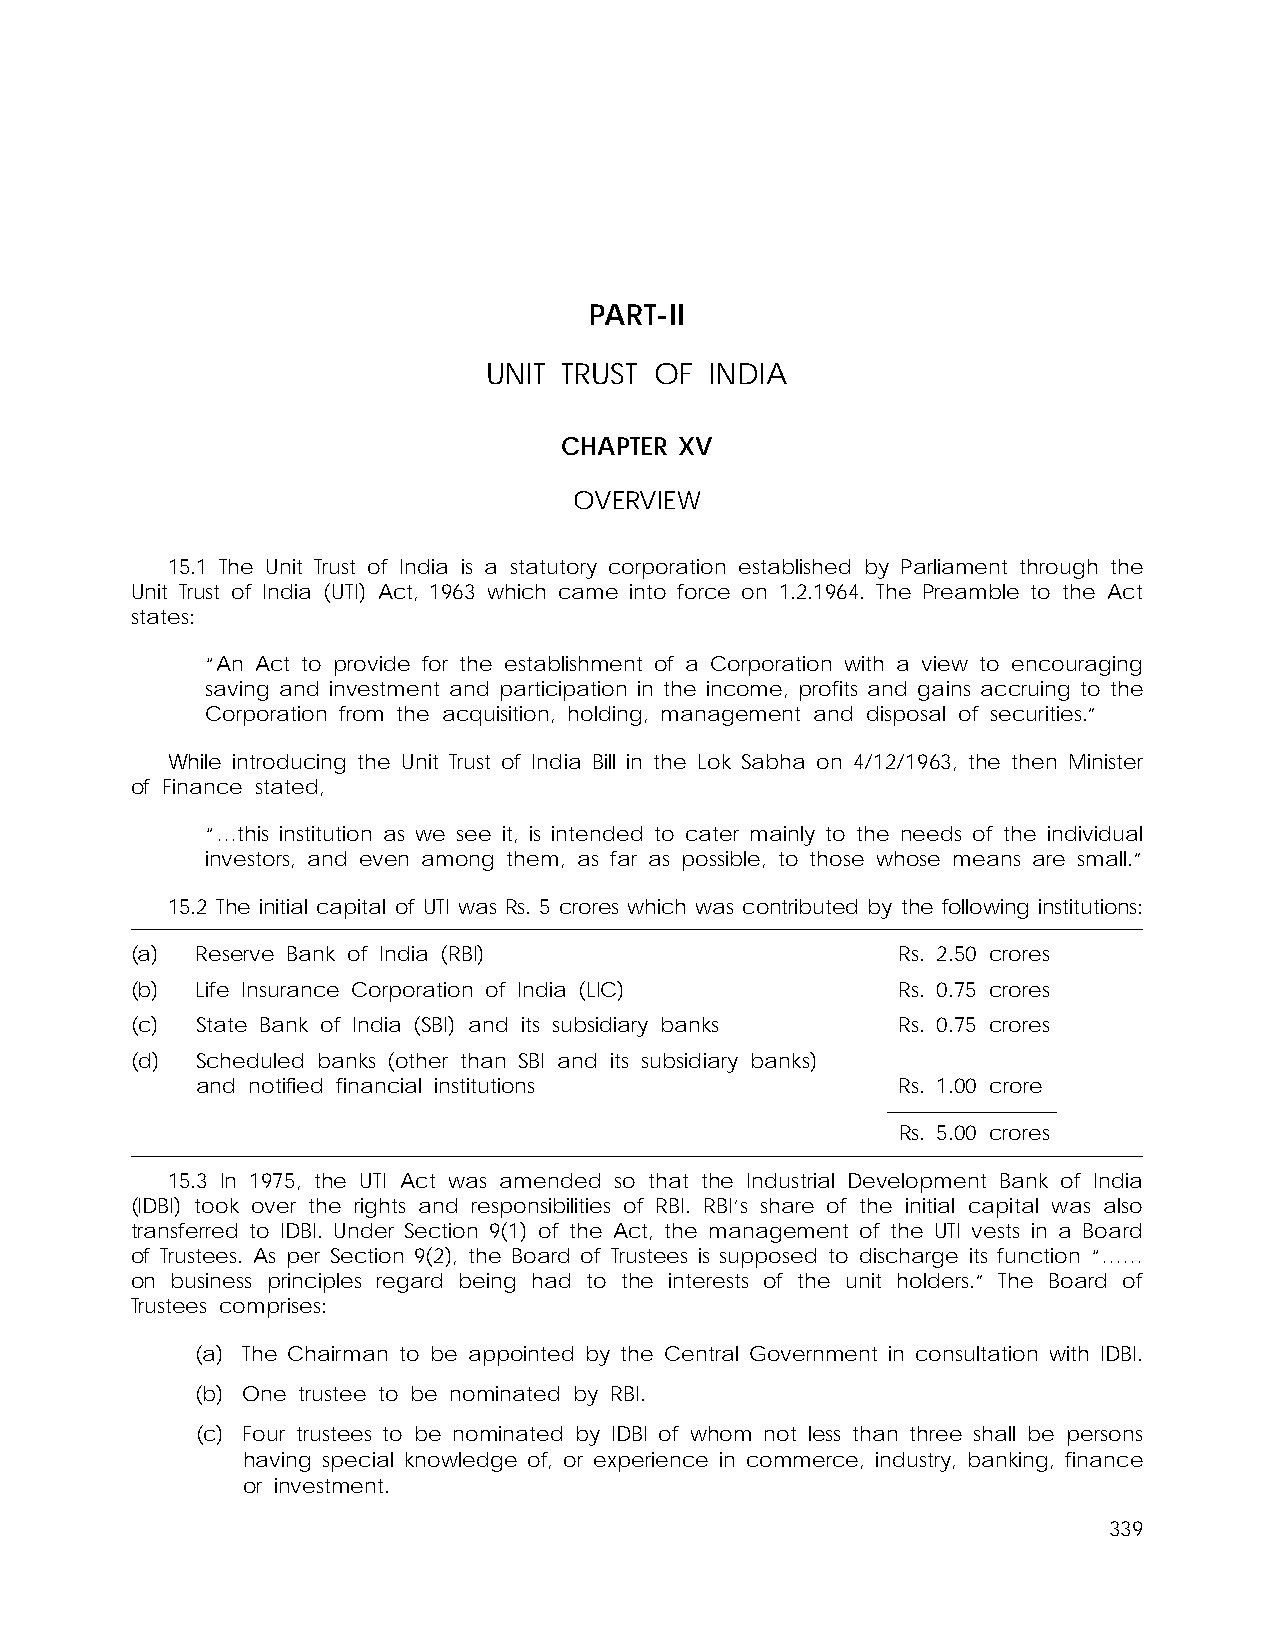
PART-II
 UNIT TRUST OF  INDIA
 CHAPTER XV
 OVERVIEW
 15.1 The Unit Trust of India is a statutory corporation established by Parliament through the
 Unit Trust of India (UTI) Act, 1963 which came into force on 1.2.1964. The Preamble to the Act
 states:
 “An Act to provide for the establishment of a Corporation with a view to encouraging
 saving and investment and participation in the income, profits and gains accruing to the
 Corporation from the acquisition, holding, management and disposal of securities.”
 While introducing the Unit Trust of India Bill in the Lok Sabha on 4/12/1963, the then Minister
 of Finance stated,
 “…this institution as we see it, is intended to cater mainly to the needs of the individual
 investors, and even among them, as far as possible, to those whose means are small.”
 15.2 The initial capital of UTI was Rs. 5 crores which was contributed by the following institutions:
 (a) Reserve Bank of India (RBI)                    Rs. 2.50 crores
 (b) Life Insurance Corporation of India (LIC)      Rs. 0.75 crores
 (c) State Bank of India (SBI) and its subsidiary banks Rs. 0.75 crores
 (d) Scheduled banks (other than SBI and its subsidiary banks)
 and notified financial institutions            Rs. 1.00 crore
 Rs. 5.00 crores
 15.3 In 1975, the UTI Act was amended so that the Industrial Development Bank of India
 (IDBI) took over the rights and responsibilities of RBI. RBI’s share of the initial capital was also
 transferred to IDBI. Under Section 9(1) of the Act, the management of the UTI vests in a Board
 of Trustees. As per Section 9(2), the Board of Trustees is supposed to discharge its function “……
 on business principles regard being had to the interests of the unit holders.” The Board of
 Trustees comprises:
 (a) The Chairman to be appointed by the Central Government in consultation with IDBI.
 (b) One trustee to be nominated by RBI.
 (c) Four trustees to be nominated by IDBI of whom not less than three shall be persons
 having special knowledge of, or experience in commerce, industry, banking, finance
 or investment.
 339